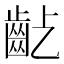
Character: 𪗚